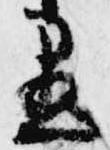
愚